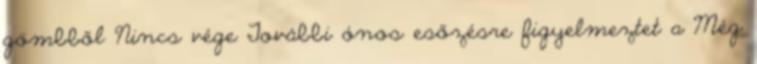
gömbből Nincs vége További ónos esőzésre figyelmeztet a Még